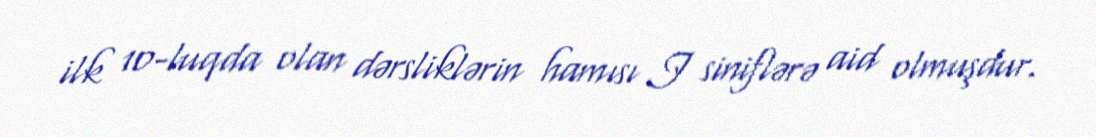
ilk 10-luqda olan dərsliklərin hamısı I siniflərə aid olmuşdur.